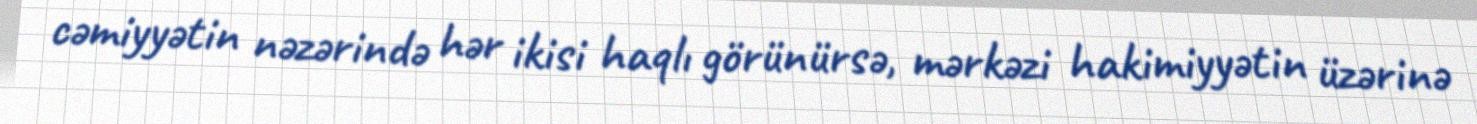
cəmiyyətin nəzərində hər ikisi haqlı görünürsə, mərkəzi hakimiyyətin üzərinə